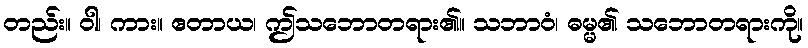
တည်း။ ဝါ၊ ကား။ ဧတာယ၊ ဤသဘောတရား၏။ သဘာဝံ၊ ဓမ္မ၏ သဘောတရားကို။